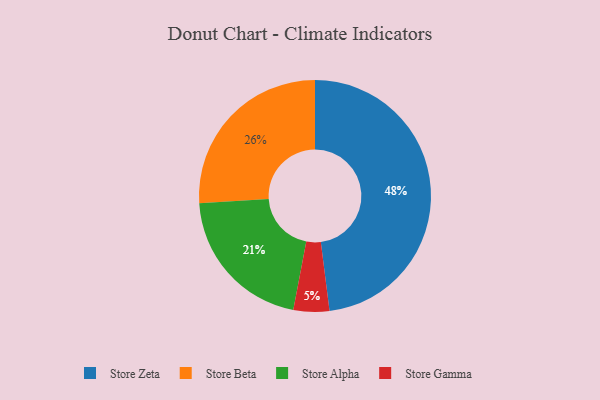
{"axis": {"x": "Category", "y": "Percentage"}, "legend": ["Store Alpha", "Store Beta", "Store Gamma", "Store Zeta"], "data": [{"x": "Store Zeta", "y": 48, "type": "Store Zeta"}, {"x": "Store Alpha", "y": 21, "type": "Store Alpha"}, {"x": "Store Beta", "y": 26, "type": "Store Beta"}, {"x": "Store Gamma", "y": 5, "type": "Store Gamma"}]}